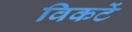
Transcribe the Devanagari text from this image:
विकटें